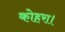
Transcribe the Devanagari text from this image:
कोहरा।